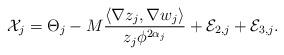
LaTeX: \begin{align*} \mathcal X_j=\Theta_j - M \frac{\langle \nabla z_j, \nabla w_j \rangle}{z_j \phi^{2\alpha_j}}+\mathcal E_{2,j}+\mathcal E_{3,j}. \end{align*}